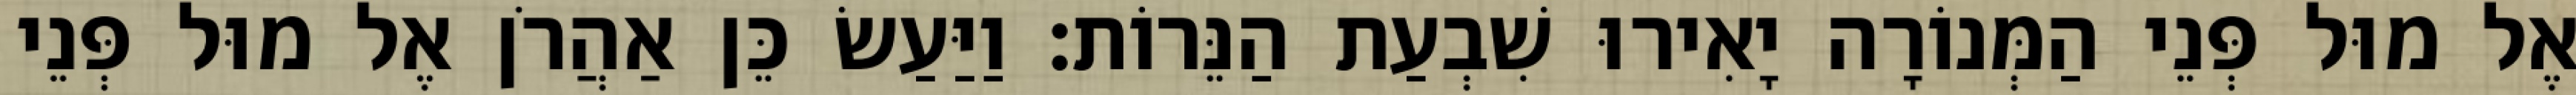
אֶל מוּל פְּנֵי הַמְּנוֹרָה יָאִירוּ שִׁבְעַת הַנֵּרוֹת׃ וַיַּעַשׂ כֵּן אַהֲרֹן אֶל מוּל פְּנֵי